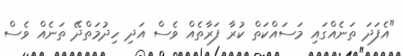
"އެފަދަ ތަނެއްގައި މަސައްކަތް ކުރާ ފަރާތެއް ވެސް އަދި ހިދުމަތްދޭ ތަނެއް ވެސް